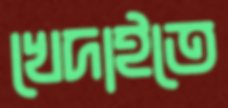
খেদাইতে